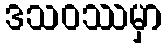
ဒသဝဿမှာ